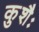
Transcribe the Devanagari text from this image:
कुशैः